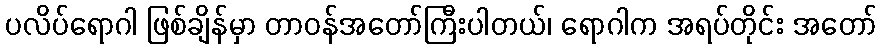
ပလိပ်ရောဂါ ဖြစ်ချိန်မှာ တာဝန်အတော်ကြီးပါတယ်၊ ရောဂါက အရပ်တိုင်း အတော်